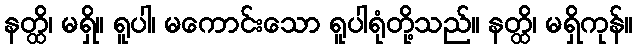
နတ္ထိ၊ မရှိ။ ရူပါ၊ မကောင်းသော ရူပါရုံတို့သည်။ နတ္ထိ၊ မရှိကုန်။